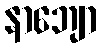
နာဘျော